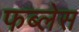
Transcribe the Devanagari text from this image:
फब्लेस